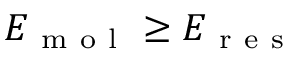
E _ { \mathrm { ~ m ~ o ~ l ~ } } \geq E _ { \mathrm { ~ r ~ e ~ s ~ } }